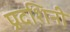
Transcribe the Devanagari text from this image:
प्रदशिनी